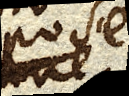
posé